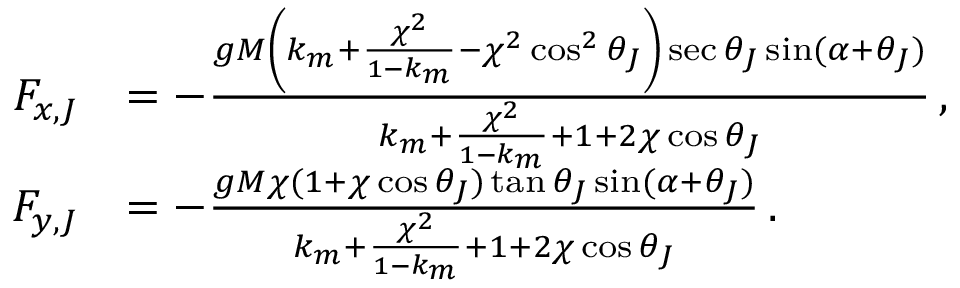
\begin{array} { r l } { F _ { x , J } } & { = - \frac { g M \left( k _ { m } + \frac { \chi ^ { 2 } } { 1 - k _ { m } } - \chi ^ { 2 } \cos ^ { 2 } \theta _ { J } \right) \sec \theta _ { J } \sin ( \alpha + \theta _ { J } ) } { k _ { m } + \frac { \chi ^ { 2 } } { 1 - k _ { m } } + 1 + 2 \chi \cos \theta _ { J } } \, , } \\ { F _ { y , J } } & { = - \frac { g M \chi ( 1 + \chi \cos \theta _ { J } ) \tan \theta _ { J } \sin ( \alpha + \theta _ { J } ) } { k _ { m } + \frac { \chi ^ { 2 } } { 1 - k _ { m } } + 1 + 2 \chi \cos \theta _ { J } } \, . } \end{array}